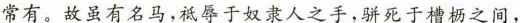
常有。\underline{故虽有名马祗辱于奴隶人之手，} 骈死于槽之间，